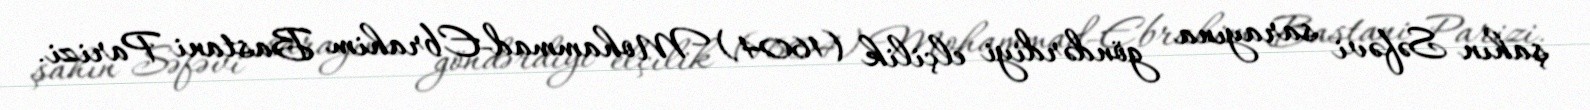
şahın Səfəvi sarayına göndərdiyi elçilik (1604) Mohammad-Ebrahim Bastani Parizi.